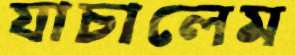
যাচালেম